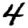
Digit: 4